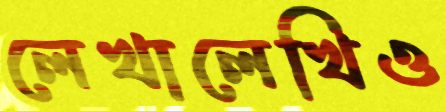
লেখালেখিও